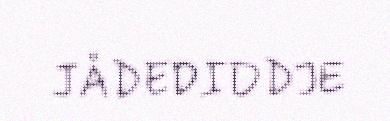
JÅDEDIDDJE